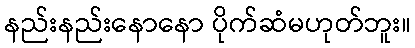
နည်းနည်းနောနော ပိုက်ဆံမဟုတ်ဘူး။